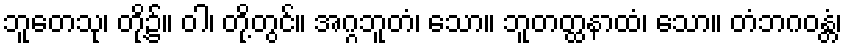
ဘူတေသု၊ တို့၌။ ဝါ၊ တို့တွင်။ အဂ္ဂဘူတံ၊ သော။ ဘူတတ္ထနာထံ၊ သော။ တံဘဂဝန္တံ၊